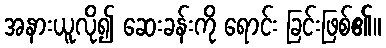
အနားယူလို၍ ဆေးခန်းကို ရောင်း ခြင်းဖြစ်၏။